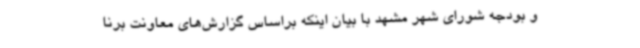
و بودجه شورای شهر مشهد با بیان اینکه براساس گزارش‌های معاونت برنا